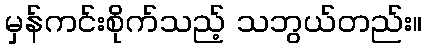
မှန်ကင်းစိုက်သည့် သဘွယ်တည်း။